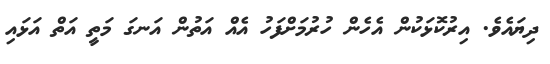
ދިޔައެވެ. އިރުކޮޅަކުން އެހެން ހުރުމަށްފަހު އެއް އަތުން އަނގަ މަތީ އަތް އަޅައި